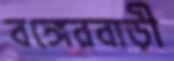
বঙ্গেরবাড়ী